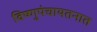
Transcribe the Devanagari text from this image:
विष्णुपंचायतनात